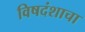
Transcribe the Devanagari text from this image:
विषदंशाचा